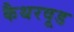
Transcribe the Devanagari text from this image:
कैथरवूड